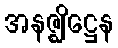
အနဇ္ဈိဋ္ဌေန